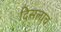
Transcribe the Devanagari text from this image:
दिसलाच